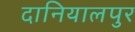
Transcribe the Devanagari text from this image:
दानियालपुर